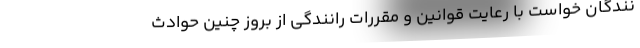
نندگان خواست با رعایت قوانین و مقررات رانندگی از بروز چنین حوادث